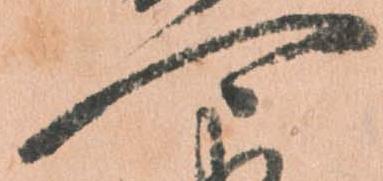
可